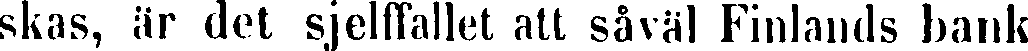
skas, är det sjelffallet att såväl Finlands bank